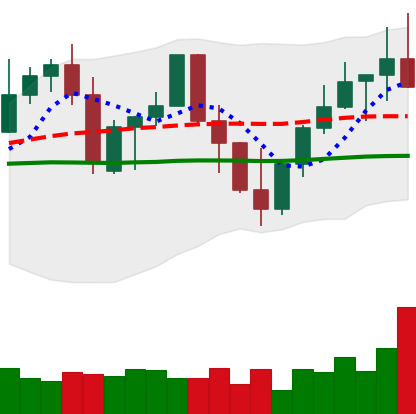
Ticker: LINK-USD
Chart end date: 2022-09-28
Forward return: -6.131%
Label: down_5_7